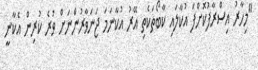
"މިހާރު އިސްރާފުކޮށްފަ އުކާލައި ކާބޯތަކެތި އޭރު އުކާނަމަ ޖަނަވާރުންނަށް ވުރެ ކުރިން އެކާނީ